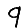
Digit: 9